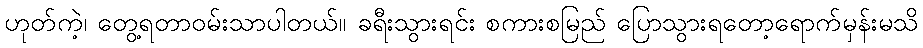
ဟုတ်ကဲ့၊ တွေ့ရတာဝမ်းသာပါတယ်။ ခရီးသွားရင်း စကားစမြည် ပြောသွားရတော့ရောက်မှန်းမသိ